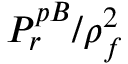
P _ { r } ^ { p B } / \rho _ { f } ^ { 2 }